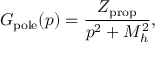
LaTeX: G _ { \mathrm { p o l e } } ( p ) = \frac { Z _ { \mathrm { p r o p } } } { p ^ { 2 } + M _ { h } ^ { 2 } } ,